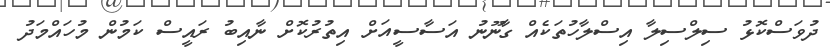
ދުވަސްކޮޅު ސިލްސިލާ އިސްލާހުތަކެއް ގާނޫނު އަސާސީއަށް އިތުރުކޮށް ނާއިބު ރައީސް ކަމުން މުހައްމަދު